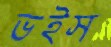
ভইস